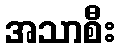
အသာစီး